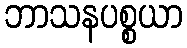
ဘာသနပစ္စယာ